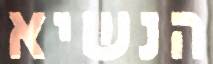
הנשיא